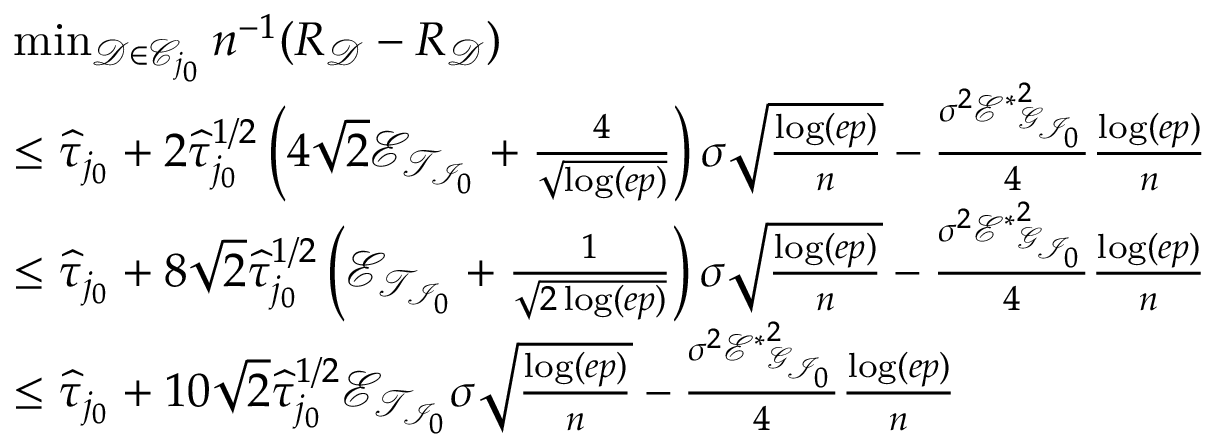
\begin{array} { r l } & { \operatorname* { m i n } _ { \mathcal { D } \in \mathscr { C } _ { j _ { 0 } } } n ^ { - 1 } ( R _ { \mathcal { D } } - R _ { \mathcal { D } } ) } \\ & { \leq \widehat { \tau } _ { j _ { 0 } } + 2 \widehat { \tau } _ { j _ { 0 } } ^ { 1 / 2 } \left( 4 \sqrt { 2 } \mathscr { E } _ { \mathcal { T } _ { \mathcal { I } _ { 0 } } } + \frac { 4 } { \sqrt { \log ( e p ) } } \right) \sigma \sqrt { \frac { \log ( e p ) } { n } } - \frac { \sigma ^ { 2 } { \mathscr { E } ^ { * } } _ { \mathcal { G } _ { \mathcal { I } _ { 0 } } } ^ { 2 } } { 4 } \frac { \log ( e p ) } { n } } \\ & { \leq \widehat { \tau } _ { j _ { 0 } } + 8 \sqrt { 2 } \widehat { \tau } _ { j _ { 0 } } ^ { 1 / 2 } \left( \mathscr { E } _ { \mathcal { T } _ { \mathcal { I } _ { 0 } } } + \frac { 1 } { \sqrt { 2 \log ( e p ) } } \right) \sigma \sqrt { \frac { \log ( e p ) } { n } } - \frac { \sigma ^ { 2 } { \mathscr { E } ^ { * } } _ { \mathcal { G } _ { \mathcal { I } _ { 0 } } } ^ { 2 } } { 4 } \frac { \log ( e p ) } { n } } \\ & { \leq \widehat { \tau } _ { j _ { 0 } } + 1 0 \sqrt { 2 } \widehat { \tau } _ { j _ { 0 } } ^ { 1 / 2 } \mathscr { E } _ { \mathcal { T } _ { \mathcal { I } _ { 0 } } } \sigma \sqrt { \frac { \log ( e p ) } { n } } - \frac { \sigma ^ { 2 } { \mathscr { E } ^ { * } } _ { \mathcal { G } _ { \mathcal { I } _ { 0 } } } ^ { 2 } } { 4 } \frac { \log ( e p ) } { n } } \end{array}